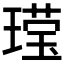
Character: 𬎆